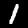
Label: 1